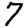
Digit: 7